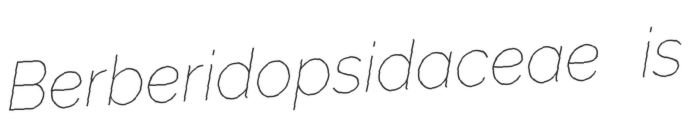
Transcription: Berberidopsidaceae is